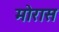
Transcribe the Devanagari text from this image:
मोरास